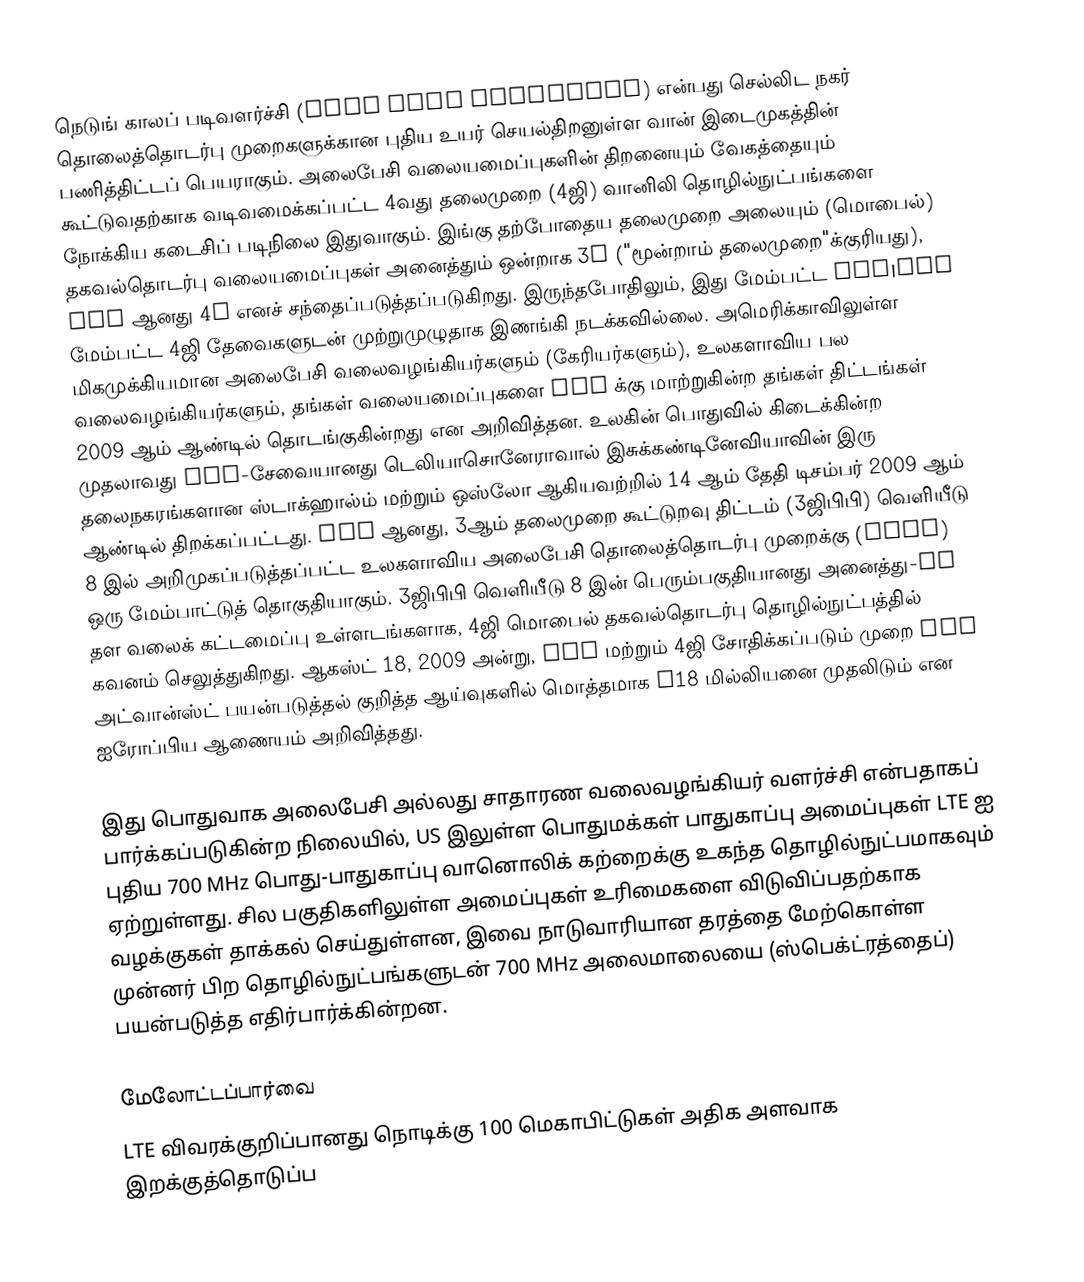
நெடுங் காலப் படிவளர்ச்சி (Long term evolution) என்பது செல்லிட நகர் தொலைத்தொடர்பு முறைகளுக்கான புதிய உயர் செயல்திறனுள்ள வான் இடைமுகத்தின் பணித்திட்டப் பெயராகும். அலைபேசி வலையமைப்புகளின் திறனையும் வேகத்தையும் கூட்டுவதற்காக வடிவமைக்கப்பட்ட 4வது தலைமுறை (4ஜி) வானிலி தொழில்நுட்பங்களை நோக்கிய கடைசிப் படிநிலை இதுவாகும். இங்கு தற்போதைய தலைமுறை அலையும் (மொபைல்) தகவல்தொடர்பு வலையமைப்புகள் அனைத்தும் ஒன்றாக 3G ("மூன்றாம் தலைமுறை"க்குரியது), LTE ஆனது 4G எனச் சந்தைப்படுத்தப்படுகிறது. இருந்தபோதிலும், இது மேம்பட்ட IMT|IMT மேம்பட்ட 4ஜி தேவைகளுடன் முற்றுமுழுதாக இணங்கி நடக்கவில்லை. அமெரிக்காவிலுள்ள மிகமுக்கியமான அலைபேசி வலைவழங்கியர்களும் (கேரியர்களும்), உலகளாவிய பல வலைவழங்கியர்களும், தங்கள் வலையமைப்புகளை LTE க்கு மாற்றுகின்ற தங்கள் திட்டங்கள் 2009 ஆம் ஆண்டில் தொடங்குகின்றது என அறிவித்தன. உலகின் பொதுவில் கிடைக்கின்ற முதலாவது LTE-சேவையானது டெலியாசொனேராவால் இசுக்கண்டினேவியாவின் இரு தலைநகரங்களான ஸ்டாக்ஹால்ம் மற்றும் ஒஸ்லோ ஆகியவற்றில் 14 ஆம் தேதி டிசம்பர் 2009 ஆம் ஆண்டில் திறக்கப்பட்டது. LTE ஆனது, 3ஆம் தலைமுறை கூட்டுறவு திட்டம் (3ஜிபிபி) வெளியீடு 8 இல் அறிமுகப்படுத்தப்பட்ட உலகளாவிய அலைபேசி தொலைத்தொடர்பு முறைக்கு (UMTS) ஒரு மேம்பாட்டுத் தொகுதியாகும். 3ஜிபிபி வெளியீடு 8 இன் பெரும்பகுதியானது அனைத்து-IP தள வலைக் கட்டமைப்பு உள்ளடங்களாக, 4ஜி மொபைல் தகவல்தொடர்பு தொழில்நுட்பத்தில் கவனம் செலுத்துகிறது. ஆகஸ்ட் 18, 2009 அன்று, LTE மற்றும் 4ஜி சோதிக்கப்படும் முறை LTE அட்வான்ஸ்ட் பயன்படுத்தல் குறித்த ஆய்வுகளில் மொத்தமாக €18 மில்லியனை முதலிடும் என ஐரோப்பிய ஆணையம் அறிவித்தது.

இது பொதுவாக அலைபேசி அல்லது சாதாரண வலைவழங்கியர் வளர்ச்சி என்பதாகப் பார்க்கப்படுகின்ற நிலையில், US இலுள்ள பொதுமக்கள் பாதுகாப்பு அமைப்புகள் LTE ஐ புதிய 700 MHz பொது-பாதுகாப்பு வானொலிக் கற்றைக்கு உகந்த தொழில்நுட்பமாகவும் ஏற்றுள்ளது. சில பகுதிகளிலுள்ள அமைப்புகள் உரிமைகளை விடுவிப்பதற்காக வழக்குகள் தாக்கல் செய்துள்ளன, இவை நாடுவாரியான தரத்தை மேற்கொள்ள முன்னர் பிற தொழில்நுட்பங்களுடன் 700 MHz அலைமாலையை (ஸ்பெக்ட்ரத்தைப்) பயன்படுத்த எதிர்பார்க்கின்றன.

மேலோட்டப்பார்வை
LTE விவரக்குறிப்பானது நொடிக்கு 100 மெகாபிட்டுகள் அதிக அளவாக இறக்குத்தொடுப்ப